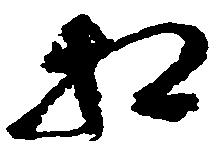
相